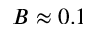
B \approx 0 . 1